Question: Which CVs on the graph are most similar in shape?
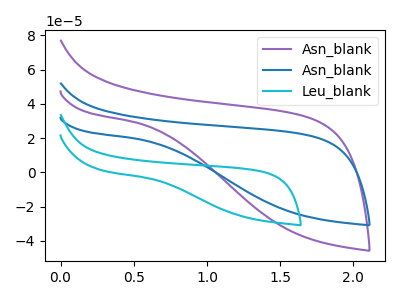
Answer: <think>The purple curve "Asn_blank" has no peaks. The blue curve "Asn_blank" has no peaks. The cyan curve "Leu_blank" has no peaks.
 Neither "Asn_blank" or "Asn_blank" have any peaks. Neither "Asn_blank" or "Leu_blank" have any peaks. Neither "Asn_blank" or "Leu_blank" have any peaks.</think>
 <answer>"Asn_blank", "Asn_blank" and "Leu_blank" have the same shape and are likely CV's of the same chemical.</answer>
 <eval>"Asn_blank" "Asn_blank" "Leu_blank"</eval>